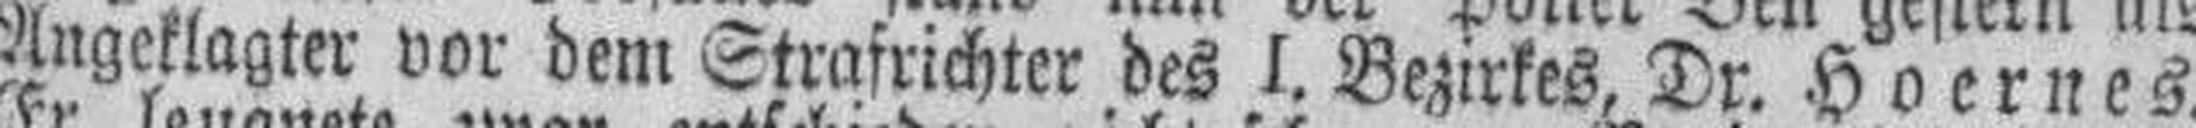
Angeklagter vor dem Strafrichter des I. Bezirkes, Dr. Hoernes.